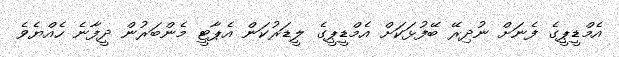
އެމްޑީޕީގެ ފެނަށް ނުދިރޭ ބޭފުޅަކަށް އެމްޑީޕީގެ ލީޑަރުކަން އެޕާޓީ މެންބަރުން ދީފާނެ ހެއްޔެވެ